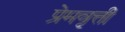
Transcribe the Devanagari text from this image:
प्रेमवृत्ती